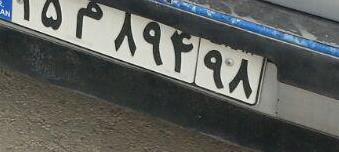
۲۵م۸۹۴۹۸